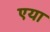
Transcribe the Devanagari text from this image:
एया